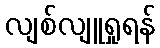
လျစ်လျူရှုရန်